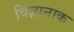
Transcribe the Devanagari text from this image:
विज्ञानाक